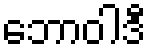
ဘောဝါဒီ